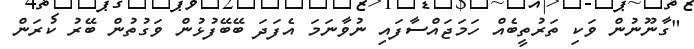
"ގާނޫނުން ވަކި ތަރުތީބެއް ހަމަޖައްސާފައި ނުވާނަމަ އެފަދަ ބޭބޭފުޅުން ވަގުތުން ބޭރު ކުރަން